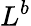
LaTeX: L^{b}